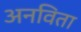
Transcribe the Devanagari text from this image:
अनविता